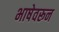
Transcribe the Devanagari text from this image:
भाषेवरून